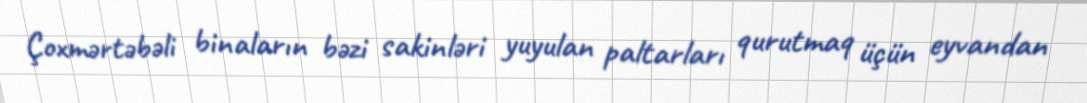
Çoxmərtəbəli binaların bəzi sakinləri yuyulan paltarları qurutmaq üçün eyvandan